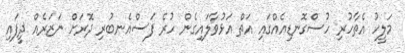
މަލީހު އެތާހުރި ހުސްގޮނޑިއެއްގައި އަތް އަޅުވާލައިގެން ހުރެ ފަސްއެނބުރި ދޮރަށް ނަޒަރެއް ދީފައި